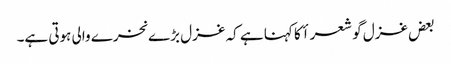
بعض غزل گو شعرأ کا کہنا ہے کہ غزل بڑے نخرے والی ہوتی ہے۔